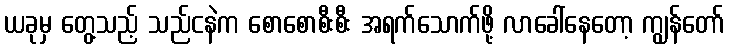
ယခုမှ တွေ့သည့် သည်ငနဲက စောစောစီးစီး အရက်သောက်ဖို့ လာခေါ်နေတော့ ကျွန်တော်